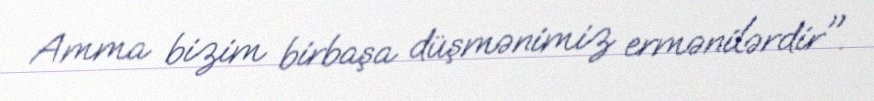
Amma bizim birbaşa düşmənimiz ermənilərdir".